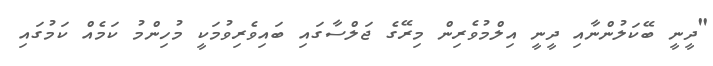
"ދީނީ ބޭކަލުންނާއި ދީނީ އިލްމުވެރިން މިރޭގެ ޖަލްސާގައި ބައިވެރިވުމަކީ މުހިންމު ކަމެއް ކަމުގައި